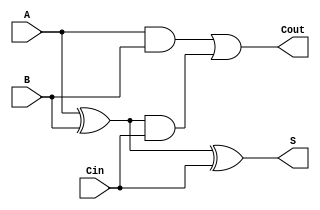
module circuit(input A, input B, input Cin, output S, output Cout);
    wire S, c1;
    assign S=A^B^Cin;

    assign carry1 = A & B;
    assign carry2 = (A ^ B) & Cin;

    assign Cout = carry1 | carry2;
endmodule